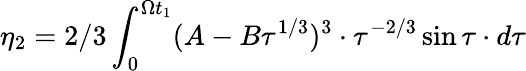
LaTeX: \eta_{2}=2/3\int_{0}^{\Omega t_{1}}(A-B\tau^{1/3})^{3}\cdot\tau^{-2/3}\sin\tau\cdot d\tau